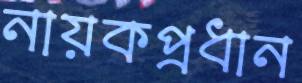
নায়কপ্রধান